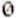
0